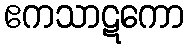
ဧကသာဋကော